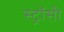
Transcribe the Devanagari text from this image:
स्ट्रॉसी